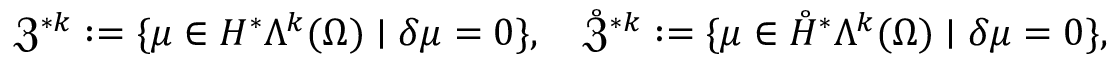
\mathfrak { Z } ^ { \ast k } : = \{ \mu \in H ^ { \ast } \Lambda ^ { k } ( \Omega ) \mid \delta \mu = 0 \} , \quad \mathring { \mathfrak { Z } } ^ { \ast k } : = \{ \mu \in \mathring { H } ^ { \ast } \Lambda ^ { k } ( \Omega ) \mid \delta \mu = 0 \} ,